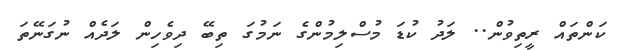
ކަންތައް ރީތިވުން.. ލަދު ކުޑަ މުސްލިމުންގެ ނަމުގަ ތިބޭ ދިވެހިން ލަދެއް ނުގަނޭތަ